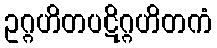
ဥဂ္ဂဟိတပဋိဂ္ဂဟိတကံ